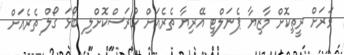
ވަރަށް ރީތިކޮށް މާޒިޔާ ޕެނަލްޓީ އޭރިޔާ ތެރެއަށް ހުރަސްކޮށްލި ބޯޅަ ގޯލް ތެރެއަށް